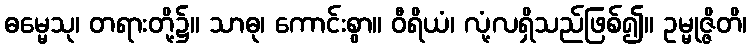
ဓမ္မေသု၊ တရားတို့၌။ သာဓု၊ ကောင်းစွာ။ ဝီရိယံ၊ လုံ့လရှိသည်ဖြစ်၍။ ဥမ္မုဇ္ဇိတိ၊